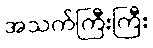
အသက်ကြီးကြီး